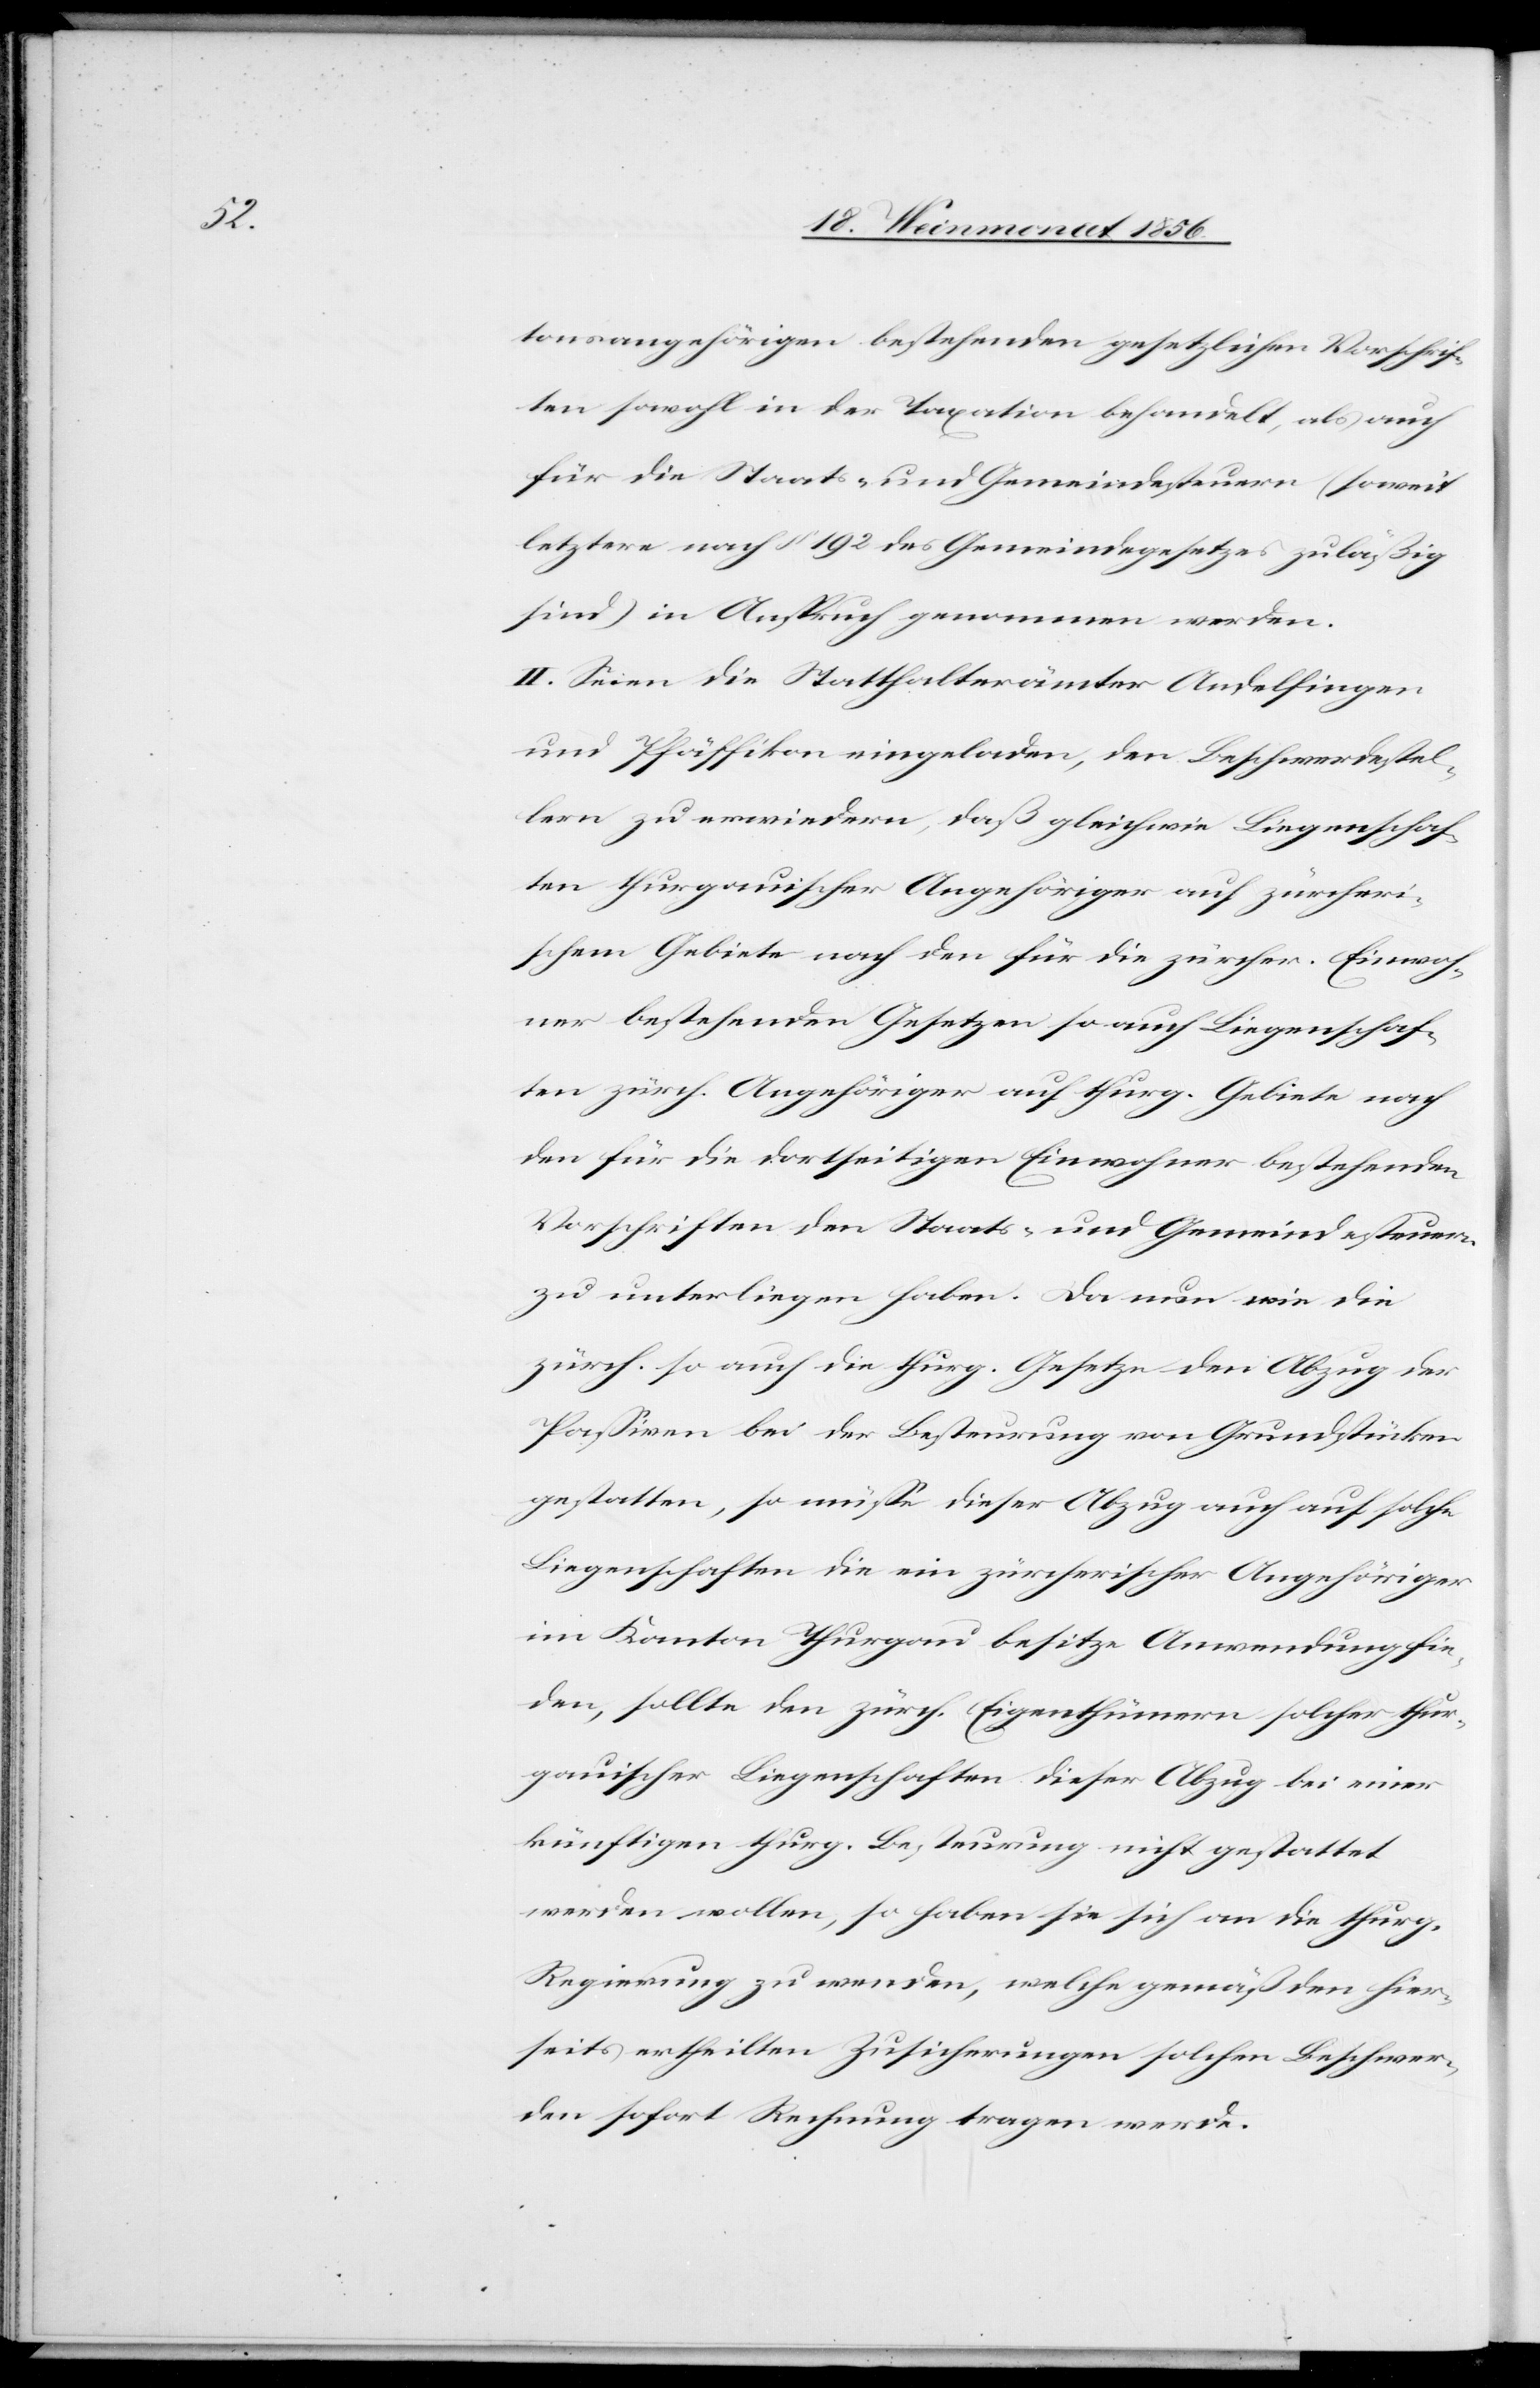
tonsangehörigen bestehenden gesetzlichen Vorschrif¬
ten sowohl in der Taxation behandelt, als auch
für die Staats- und Gemeindesteuern (soweit
letztere nach § 192 des Gemeindegesetzes zuläßig
sind) in Anspruch genommen werden.
II. Seien die Statthalterämter Andelfingen
und Pfäffikon eingeladen, den Beschwerdestel¬
lern zu erwiedern, daß gleichwie Liegenschaf¬
ten thurgauischer Angehöriger auf zürcheri¬
schem Gebiete nach den für die zürcher. Einwoh¬
ner bestehenden Gesetzen so auch Liegenschaf¬
ten zürch. Angehöriger auf thurg. Gebiete nach
den für die dortseitigen Einwohner bestehenden
Vorschriften den Staats- und Gemeindesteuern
zu unterliegen haben. Da nun wie die
zürch. so auch die thurg. Gesetze den Abzug der
Passiven bei der Besteurung von Grundstücken
gestatten, so müsse dieser Abzug auch auf solche
Liegenschaften die ein zürcherischer Angehöriger
im Kanton Thurgau besitze Anwendung fin¬
den, sollte den zürch. Eigenthümern solcher thur¬
gauischer Liegenschaften dieser Abzug bei einer
künftigen thurg. Besteurung nicht gestattet
werden wollen, so habe sie sich an die thurg.
Regierung zu wenden, welche gemäß den hier¬
seits ertheilten Zusicherungen solchen Beschwer¬
den sofort Rechnung tragen werde.